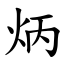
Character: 炳